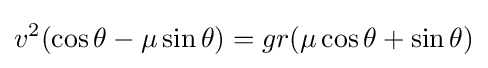
v^{2}(\cos \theta -\mu \sin \theta )=gr(\mu \cos \theta +\sin \theta )